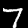
Label: 7